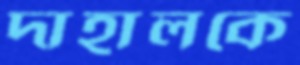
দাহালকে